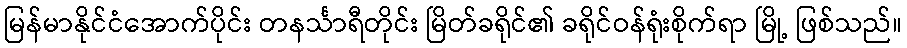
မြန်မာနိုင်ငံအောက်ပိုင်း တနင်္သာရီတိုင်း မြိတ်ခရိုင်၏ ခရိုင်ဝန်ရုံးစိုက်ရာ မြို့ ဖြစ်သည်။